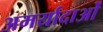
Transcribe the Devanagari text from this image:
अमर्यादाओं